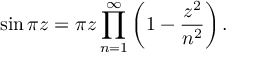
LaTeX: \sin \pi z = \pi z \prod _ { n = 1 } ^ { \infty } \left( 1 - { \frac { z ^ { 2 } } { n ^ { 2 } } } \right) .